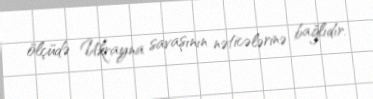
ölçüdə Ukrayna savaşının nəticələrinə bağlıdır.